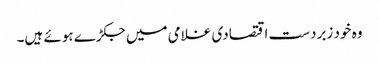
وہ خود زبردست اقتصادی غلامی میں جکڑے ہوئے ہیں۔